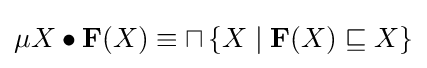
\mu X\bullet \mathbf {F} (X)\equiv \sqcap \left\{X\mid \mathbf {F} (X)\sqsubseteq X\right\}